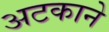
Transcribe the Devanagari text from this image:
अटकाने